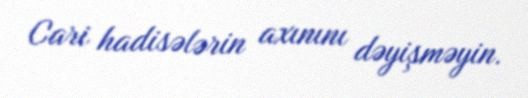
Cari hadisələrin axınını dəyişməyin.